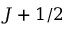
J + 1 / 2